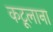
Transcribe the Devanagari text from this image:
कटूलाना